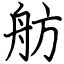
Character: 舫